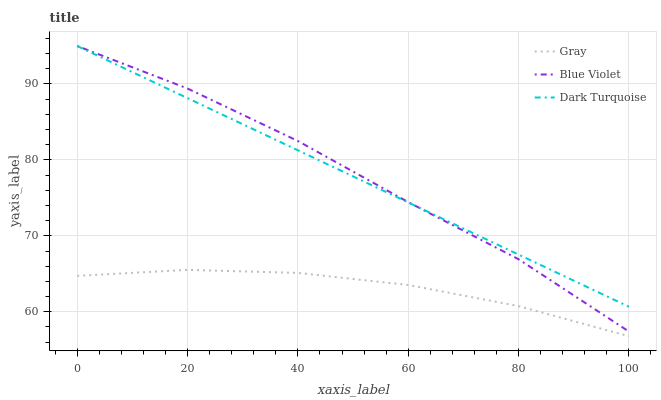
| xaxis_label | Gray | Blue Violet | Dark Turquoise |
 | --- | --- | --- | --- |
 | 0 | 64.7 | 95 | 95 |
 | 20 | 65.5 | 89.4 | 88.1 |
 | 40 | 65.1 | 82.5 | 81.3 |
 | 60 | 63.5 | 74.4 | 74.4 |
 | 80 | 60.7 | 66.9 | 67.5 |
 | 100 | 56.8 | 57.4 | 60.7 |